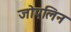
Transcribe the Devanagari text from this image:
जोएलिन